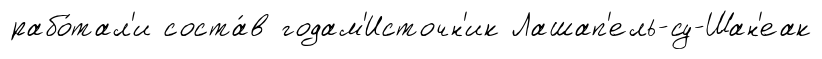
рабо́тал'и соста́в годам'Источн'ик Лашап'ель-су-Шан'еак